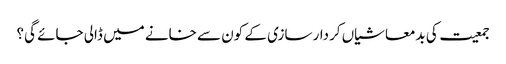
جمعیت کی بدمعاشیاں کردار سازی کے کون سے خانے میں ڈالی جائے گی؟